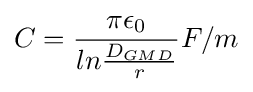
C={\frac {\pi \epsilon _{0}}{ln{\frac {D_{GMD}}{r}}}}F/m